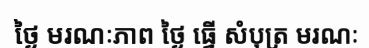
ថ្ងៃ មរណៈភាព ថ្ងៃ ធ្វើ សំបុត្រ មរណៈ